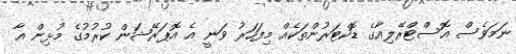
ނަމަވެސް އޮސްޓްރޭލިއާގެ ޑޮކްޓަރުންތަކެއް މިފަހަރު ވަނީ އެ އޮޕަރޭޝަން ކުރުމުގެ މުޅިން އާ